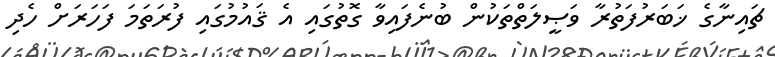
ޗައިނާގެ ޚަބަރުފަތުރާ ވަޞީލަތްތަކުން ބުނެފައިވާ ގޮތުގައި އެ ޤައުމުގައި ފުރަތަމަ ފަހަރަށް ހެދި